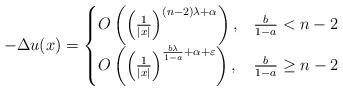
LaTeX: \begin{align*} -\Delta u(x)= \begin{cases} O\left( \left(\frac{1}{|x|}\right)^{(n-2)\lambda+\alpha}\right), &\frac{b}{1-a}<n-2\\ O\left( \left(\frac{1}{|x|}\right)^{\frac{b\lambda}{1-a}+\alpha+\varepsilon}\right), &\frac{b}{1-a}\ge n-2 \end{cases} \end{align*}